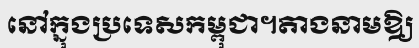
នៅក្នុងប្រទេសកម្ពុជា។តាងនាមឱ្យ